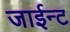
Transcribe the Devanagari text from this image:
जाईन्ट